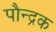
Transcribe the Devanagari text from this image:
पौन्द्रक